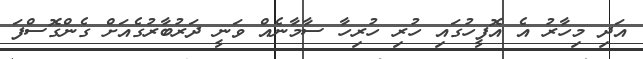
އަދި މިހާރު އެ އޮފީހުގައި ހުރި ހުރިހާ ސާމާނެއް ވަނީ ދަރުބާރުގެއަށް ގެންގޮސްފަ